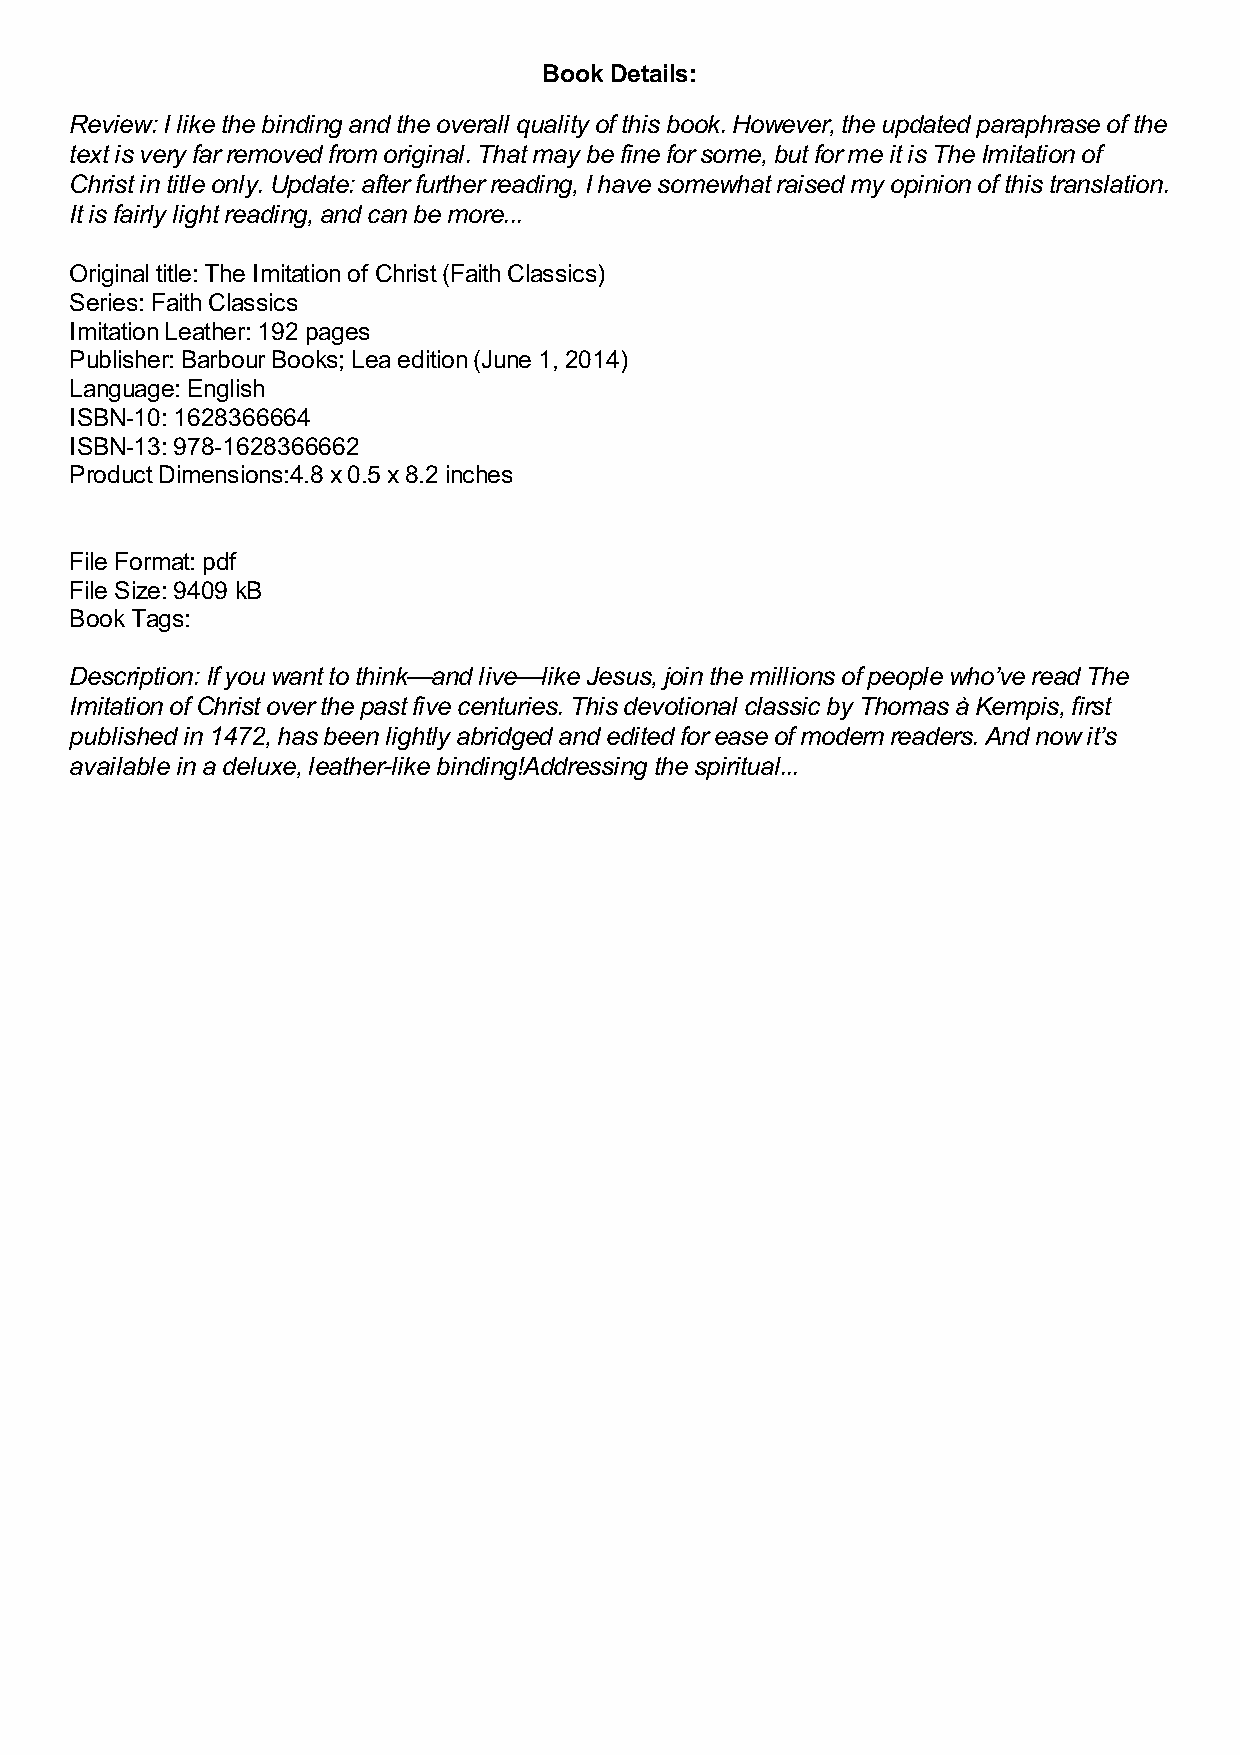
Book Details:
 Review: I like the binding and the overall quality of this book. However, the updated paraphrase of the
 text is very far removed from original. That may be fine for some, but for me it is The Imitation of
 Christ in title only. Update: after further reading, I have somewhat raised my opinion of this translation.
 It is fairly light reading, and can be more...
 Original title: The Imitation of Christ (Faith Classics)
 Series: Faith Classics
 Imitation Leather: 192 pages
 Publisher: Barbour Books; Lea edition (June 1, 2014)
 Language: English
 ISBN-10: 1628366664
 ISBN-13: 978-1628366662
 Product Dimensions:4.8 x 0.5 x 8.2 inches
 File Format: pdf
 File Size: 9409 kB
 Book Tags:
 Description: If you want to think—and live—like Jesus, join the millions of people who’ve read The
 Imitation of Christ over the past five centuries. This devotional classic by Thomas à Kempis, first
 published in 1472, has been lightly abridged and edited for ease of modern readers. And now it’s
 available in a deluxe, leather-like binding!Addressing the spiritual...